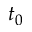
t _ { 0 }